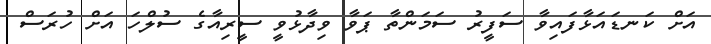
އަށް ކަނޑައަޅާފައިވާ ސަފީރު ސަމަންތާ ޕަވާ ވިދާޅުވީ ސީރިއާގެ ސުލްހަ އަށް ހުރަސް